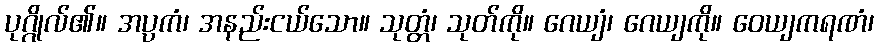
ပုဂ္ဂိုလ်၏။ အပ္ပကံ၊ အနည်းငယ်သော။ သုတ္တံ၊ သုတ်ကို။ ဂေယျံ၊ ဂေယျကို။ ဝေယျကရဏံ၊